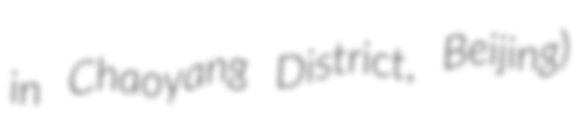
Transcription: in Chaoyang District, Beijing)